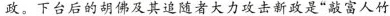
政。下台后的胡佛及其追随者大力攻击新政是“敲富人竹